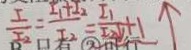
\frac { I _ { 1 } } { I _ { 2 } } = \frac { I _ { 1 } + I _ { 2 } } { I _ { 2 } } = \frac { I _ { 1 } } { I _ { 2 } \downarrow } + 1 \uparrow